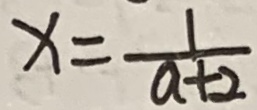
x = \frac { 1 } { a + 2 }